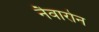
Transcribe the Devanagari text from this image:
नैवारोन